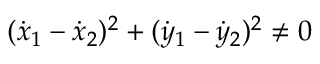
( { \dot { x } } _ { 1 } - { \dot { x } } _ { 2 } ) ^ { 2 } + ( { \dot { y } } _ { 1 } - { \dot { y } } _ { 2 } ) ^ { 2 } \not = 0